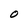
Character: O